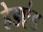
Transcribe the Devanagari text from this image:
हेडएंड